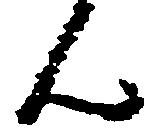
ん